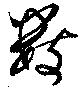
数